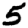
Digit: 5